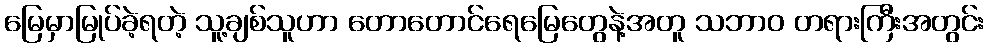
မြေမှာမြုပ်ခဲ့ရတဲ့ သူ့ချစ်သူဟာ တောတောင်ရေမြေတွေနဲ့အတူ သဘာဝ တရားကြီးအတွင်း